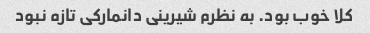
کلا خوب بود. به نظرم شیرینی دانمارکی تازه نبود